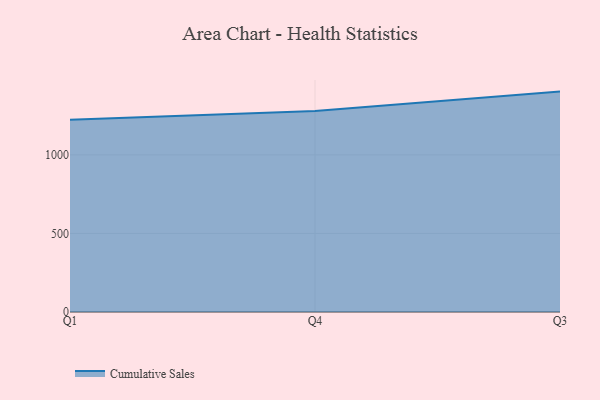
{"axis": {"x": "Quarter", "y": "LTV (USD)"}, "legend": ["Cumulative Sales"], "data": [{"x": "Q1", "y": 1223.0, "type": "Cumulative Sales"}, {"x": "Q4", "y": 1279.9, "type": "Cumulative Sales"}, {"x": "Q3", "y": 1402.6, "type": "Cumulative Sales"}]}